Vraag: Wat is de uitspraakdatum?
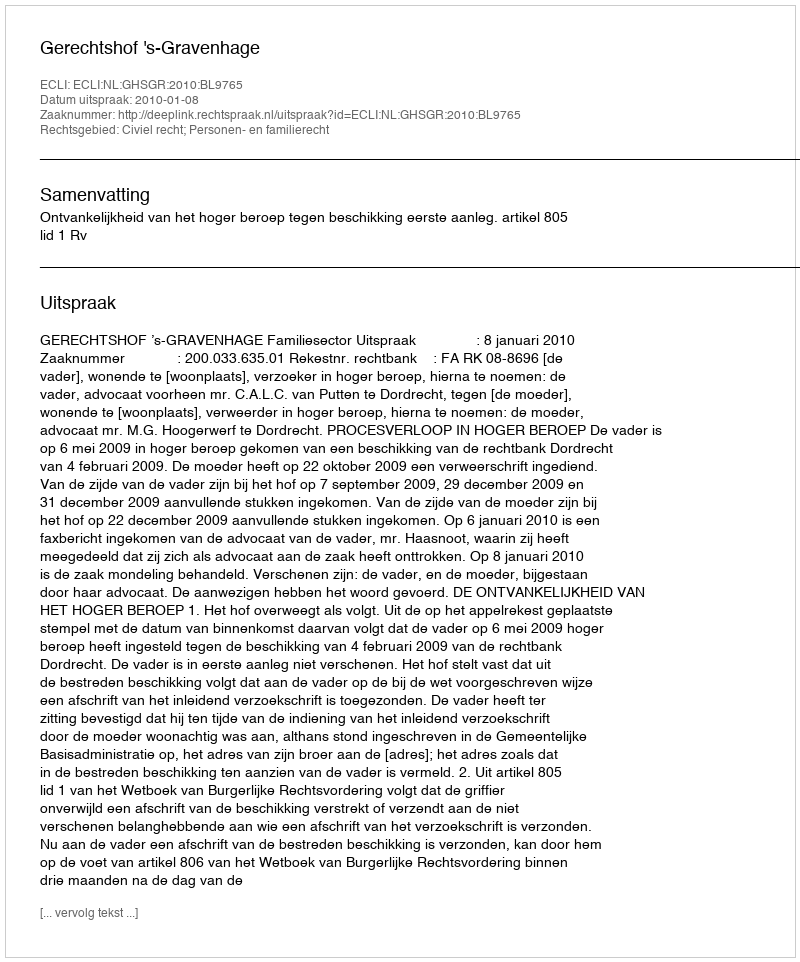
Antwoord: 2010-01-08